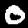
Label: 0